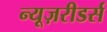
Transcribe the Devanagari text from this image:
न्यूज़रीडर्स